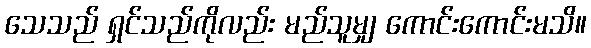
သေသည် ရှင်သည်ကိုလည်း မည်သူမျှ ကောင်းကောင်းမသိ။